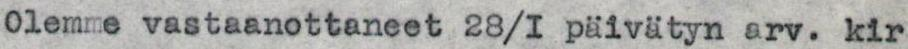
0lemme vastaanottaneet 28/I päivätyn arv. kir